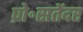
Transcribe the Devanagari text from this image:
प्रो॰सतेंदर